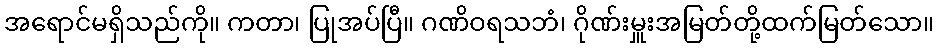
အရောင်မရှိသည်ကို။ ကတာ၊ ပြုအပ်ပြီ။ ဂဏိဝရသဘံ၊ ဂိုဏ်းမှူးအမြတ်တို့ထက်မြတ်သော။